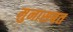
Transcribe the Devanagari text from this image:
मुनासबत